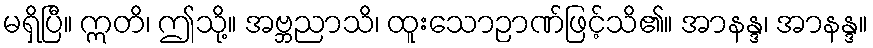
မရှိပြီ။ ဣတိ၊ ဤသို့။ အဗ္ဘညာသိ၊ ထူးသောဉာဏ်ဖြင့်သိ၏။ အာနန္ဒ၊ အာနန္ဒ။